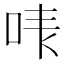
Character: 𠳜